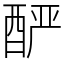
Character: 酽